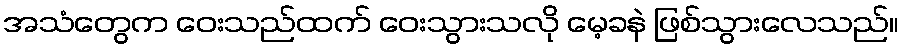
အသံတွေက ဝေးသည်ထက် ဝေးသွားသလို မေ့ခနဲ ဖြစ်သွားလေသည်။